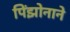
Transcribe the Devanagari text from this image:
पिंझोनाने